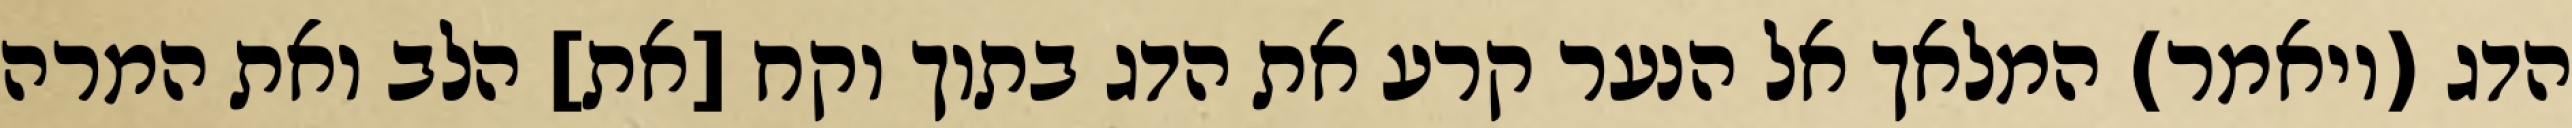
הדג (ויאמר) המלאך אל הנער קרע את הדג בתוך וקח [את] הלב ואת המרה